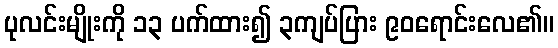
ပုလင်းမျိုးကို ၁၃ ပက်ထား၍ ၃ကျပ်ပြား ၉၀ရောင်းလေ၏။